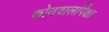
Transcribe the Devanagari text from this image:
कोतवालांपेक्षा